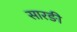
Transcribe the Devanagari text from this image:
सारङी